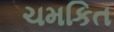
ચમકિત